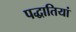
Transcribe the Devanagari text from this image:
पद्धातियां